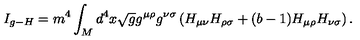
I _ { g - H } = m ^ { 4 } \int _ { M } d ^ { 4 } x \sqrt { g } g ^ { \mu \rho } g ^ { \nu \sigma } \left( H _ { \mu \nu } H _ { \rho \sigma } + ( b - 1 ) H _ { \mu \rho } H _ { \nu \sigma } \right) .